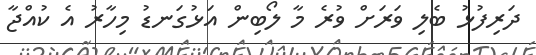
ދަރިފުޅު ބެލި ވަރަށް ވުރެ މާ ލޯބިން އަޅުގަނޑު މިހާރު އެ ކުއްޖާ